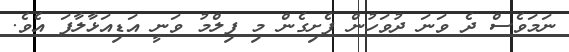
ނަމަވެސް ދެ ވަނަ ދުވަހުން ފެށިގެން މި ފިލްމު ވަނީ އަޑިއަޅާލާފަ އެވެ.